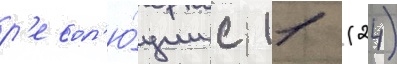
р'евол'ю́ции с 11 (24)